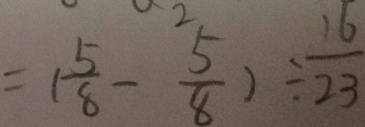
= ( \frac { 5 } { 8 } - \frac { 5 } { 8 } ) \div \frac { 1 6 } { 2 3 }